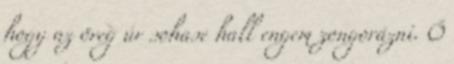
hogy az öreg úr sohase hall engem zongorázni. Ő